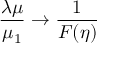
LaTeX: { \frac { \lambda \mu } { \mu _ { 1 } } } \rightarrow { \frac { 1 } { F ( \eta ) } }